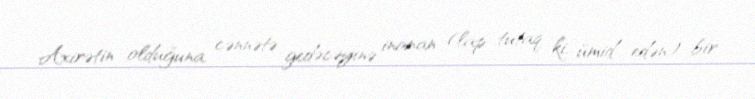
Axirətin olduğuna, cənnətə gedəcəyinə inanan (lap tutaq ki, ümid edən) bir